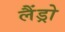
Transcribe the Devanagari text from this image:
लैंड्रो